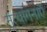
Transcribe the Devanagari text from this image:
नृत्यांगनाएँ